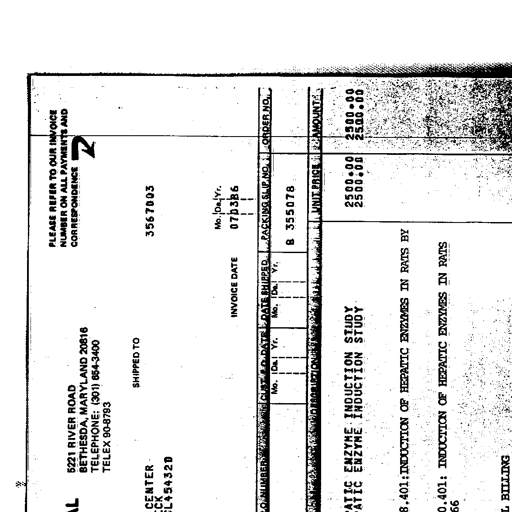
Transcript:
PLEASE REFER TO OUR INVOICE
NUMBER ON ALL PAYMENTS AND
CORRESPONDENCE
5221 RIVER ROAD
BETHESDA, MARYLAND 20816
TELEPHONE: (301) 654-3400
TELEX 90-8793
SHIPPED TO
3567003
CENTER
CK
L45432D
INVOICE DATE
Mo. | Da. | Yr.
07 | 03 | 86
P.O. NUMBER
CUST. P.O. DATE
DATE SHIPPED
PACKING SLIP NO.
ORDER NO.
Mo. | Da. | Yr.
Mo. | Da. | Yr.
B 355078
DESCRIPTION
UNIT PRICE
AMOUNT
ATIC ENZYME INDUCTION STUDY
2500.00
2500.00
ATIC ENZYME INDUCTION STUDY
2500.00
2500.00
8.401: INDUCTION OF HEPATIC ENZYMES IN RATS BY
0.401: INDUCTION OF HEPATIC ENZYMES IN RATS
66
L BILLING